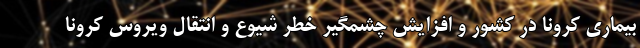
بیماری کرونا در کشور و افزایش چشمگیر خطر شیوع و انتقال ویروس کرونا